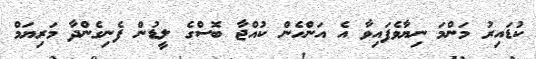
ކުޑައިރު މަންމަ ނިޔާވެފައިވާ އެ އަންހެން ކުއްޖާ ބޮސްގެ ލީޑުން ފެނިގެންދާ މަރިޔަމް